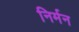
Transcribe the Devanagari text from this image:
निर्मन